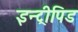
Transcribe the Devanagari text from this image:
इन्ट्रीपिड